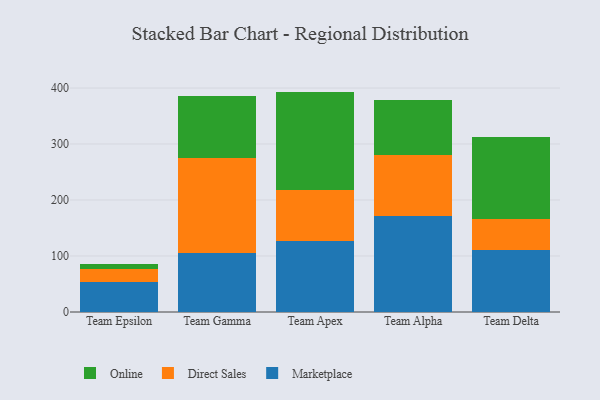
{"axis": {"x": "Team", "y": "Active Users"}, "legend": ["Direct Sales", "Marketplace", "Online"], "data": [{"x": "Team Epsilon", "y": 53.9, "type": "Marketplace"}, {"x": "Team Epsilon", "y": 23.2, "type": "Direct Sales"}, {"x": "Team Epsilon", "y": 8.2, "type": "Online"}, {"x": "Team Gamma", "y": 104.8, "type": "Marketplace"}, {"x": "Team Gamma", "y": 171.1, "type": "Direct Sales"}, {"x": "Team Gamma", "y": 109.4, "type": "Online"}, {"x": "Team Apex", "y": 126.9, "type": "Marketplace"}, {"x": "Team Apex", "y": 91.7, "type": "Direct Sales"}, {"x": "Team Apex", "y": 175.0, "type": "Online"}, {"x": "Team Alpha", "y": 171.0, "type": "Marketplace"}, {"x": "Team Alpha", "y": 110.2, "type": "Direct Sales"}, {"x": "Team Alpha", "y": 97.7, "type": "Online"}, {"x": "Team Delta", "y": 110.3, "type": "Marketplace"}, {"x": "Team Delta", "y": 56.3, "type": "Direct Sales"}, {"x": "Team Delta", "y": 145.2, "type": "Online"}]}